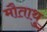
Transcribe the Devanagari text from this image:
मौताथु